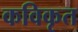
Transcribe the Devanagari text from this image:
कविकृत